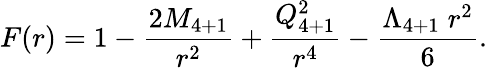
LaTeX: F(r)=1-{\frac{2M_{4+1}}{r^{2}}}+{\frac{Q_{4+1}^{2}}{r^{4}}}-{\frac{\Lambda_{4+1}\; r^{2}}{6}}.